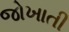
જોખાતી